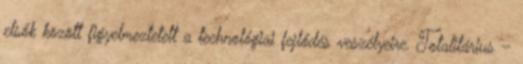
elsők között figyelmeztetett a technológiai fejlődés veszélyeire. Totalitárius –